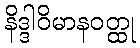
နိဒ္ဒါဝိမာနဝတ္ထု